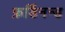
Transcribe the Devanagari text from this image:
फ़र्डिनन्ड